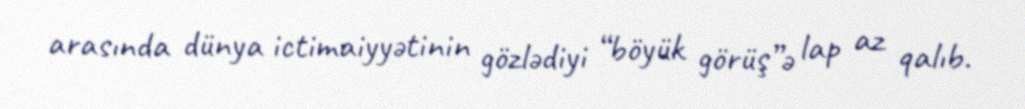
arasında dünya ictimaiyyətinin gözlədiyi “böyük görüş”ə lap az qalıb.